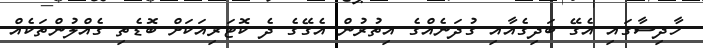
ހާދިސާގައި އެގޭ ބަދިގެއާއި ގުދަނެއްގެ އިތުރުން އެގޭގެ ދެ ކޮޓަރިއަކަށް ބޮޑެތި ގެއްލުންތަކެއް